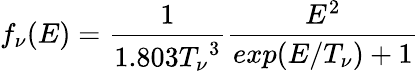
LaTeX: f_{\nu}(E)={\frac{1}{1.803{T_{\nu}}^{3}}}{\frac{E^{2}}{exp(E/T_{\nu})+1}}